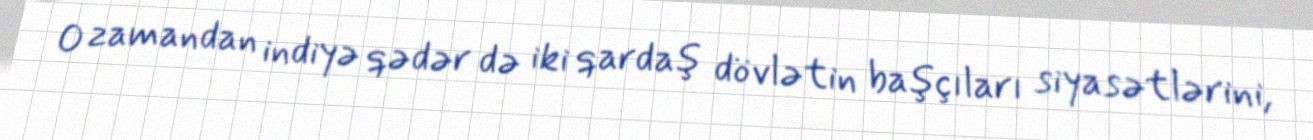
O zamandan indiyə qədər də iki qardaş dövlətin başçıları siyasətlərini,